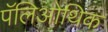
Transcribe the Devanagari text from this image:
पॅलिओथिक